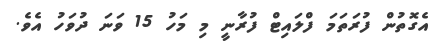
އެގޮތުން ފުރަތަމަ ފްލައިޓް ފުރާނީ މި މަހު 15 ވަނަ ދުވަހު އެވެ.